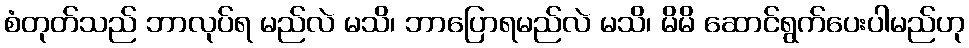
စံတုတ်သည် ဘာလုပ်ရ မည်လဲ မသိ၊ ဘာပြောရမည်လဲ မသိ၊ မိမိ ဆောင်ရွက်ပေးပါမည်ဟု